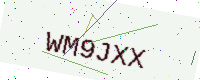
Text: WM9JXX